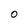
Character: o